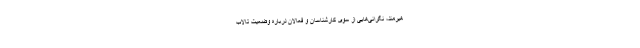
هیرمند، نگرانی‌هایی از سوی کارشناسان و فعالان درباره وضعیت تالاب‌